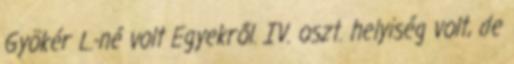
Gyökér L.-né volt Egyekről. IV. oszt. helyiség volt, de